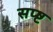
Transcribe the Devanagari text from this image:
सप्ष्ट